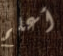
أعلم